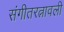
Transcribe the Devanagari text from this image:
संगीतरत्नावली